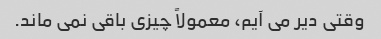
وقتی دیر می آیم، معمولاً چیزی باقی نمی ماند.